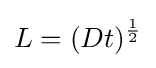
L=(Dt)^{\frac {1}{2}}